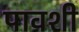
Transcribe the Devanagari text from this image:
पावशी